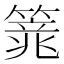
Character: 𱸢